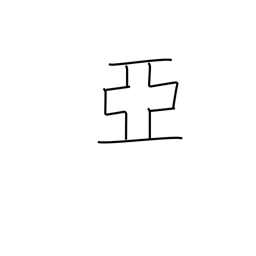
Meaning: follow